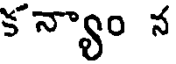
కన్యాం న